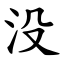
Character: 没